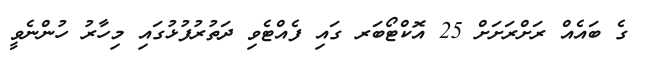
ގެ ބައެއް ރަށްރަށަށް 25 އޮކްޓޯބަރ ގައި ފެއްޓެވި ދަތުރުފުޅުގައި މިހާރު ހުންނެވީ